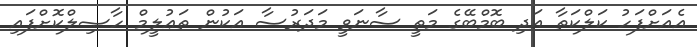
އެއަށްފަހު ކަލްކަތާ އަދި ބޮމްބޭގެ މަތީ ސާނަވީ މަދަރުސާ އަކުން ތަޢުލީމް ހާޞިލްކޮށްފައި